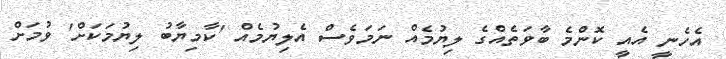
އެހެނީ އެއީ ކޮންމެ ބާވަތެއްގެ ލިޔުމެއް ނަމަވެސް އެލިޔުމެއް 'ކާމިޔާބު ލިޔުމަކަށް' ވުމަށް